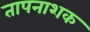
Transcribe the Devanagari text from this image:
तापनाशक